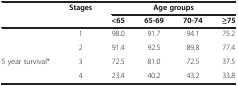
| <ROWSPAN=2>  | <ROWSPAN=2> Stages | <COLSPAN=4> Age groups |
 | <65 | 65-69 | 70-74 | ≥75 |
 | --- | --- | --- | --- | --- | --- |
 |  | 1 | 98.0 | 91.7 | 94.1 | 75.2 |
 | <ROWSPAN=3> 5 year survival* | 2 | 91.4 | 92.5 | 89.8 | 77.4 |
 | 3 | 72.5 | 81.0 | 72.5 | 37.5 |
 | 4 | 23.4 | 40.2 | 43.2 | 33.8 |